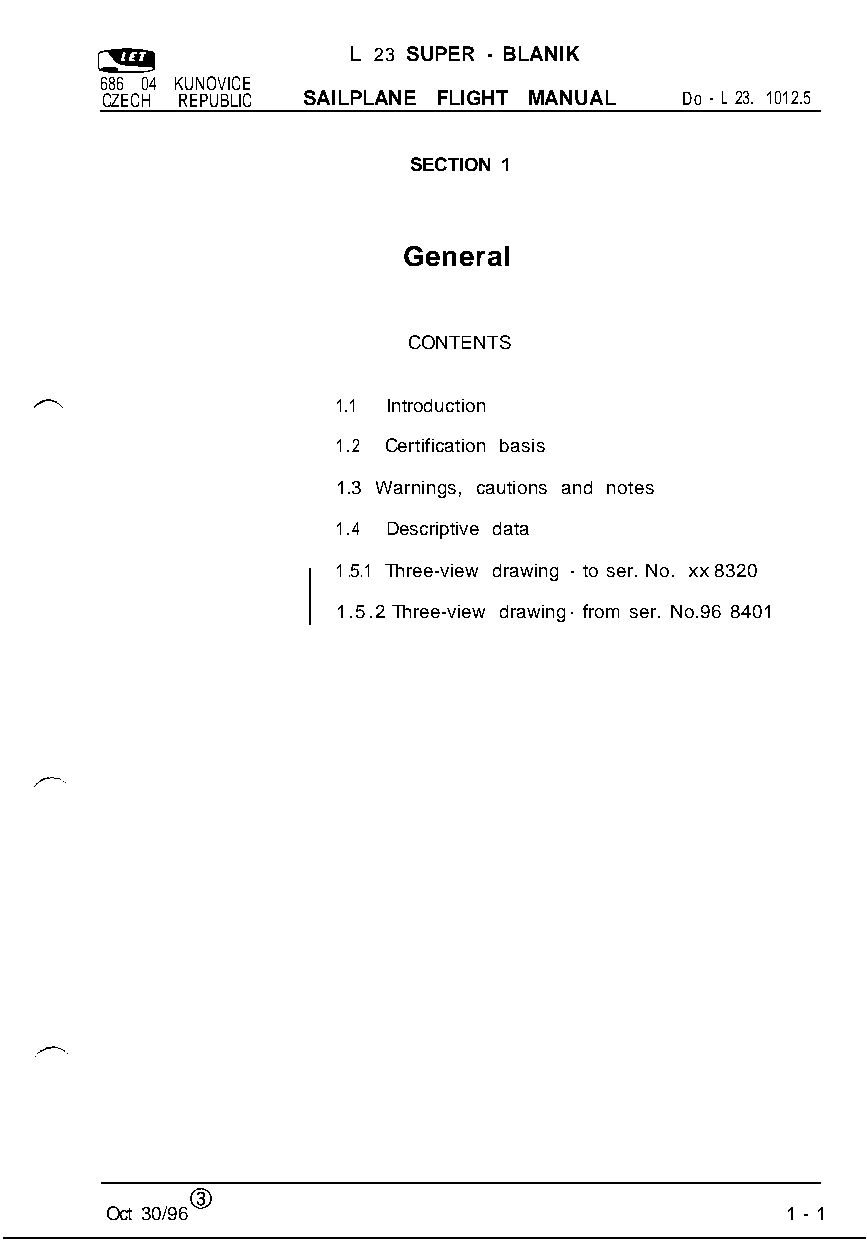
L 23 SUPER - BLANIK
 686 04 KUNOVICE
 CZECH REPUBLIC SAILPLANE FLIGHT MANUAL Do - L 23. 1012.5
 SECTION 1
 General
 CONTENTS
 1.1 Introduction
 1.2 Certification basis
 1.3 Warnings, cautions and notes
 1.4 Descriptive data
 1 .5.1 Three-view drawing - to ser. No. xx 8320
 1.5.2 Three-view drawing- from ser. No.96 8401
 0
 Oct 30/96                                    1 - 1